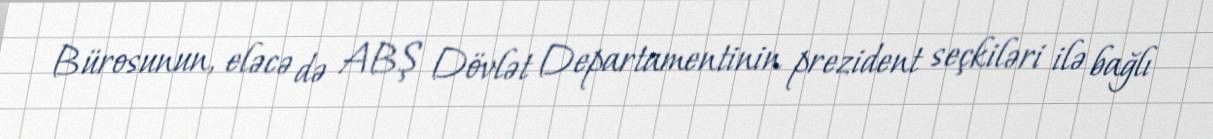
Bürosunun, eləcə də ABŞ Dövlət Departamentinin prezident seçkiləri ilə bağlı